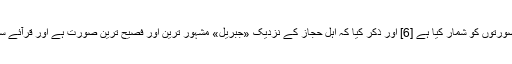
[4] اسی طرح دانی[5] قرآن میں اس کلمے کی مختلف صورتوں کو شمار کیا ہے [6] اور ذکر کیا کہ اہل حجاز کے نزدیک «جِبْرِیل» مشہور ترین اور فصیح‌ ترین صورت ہے اور قرآئے سبعہ میں سے ابوعمرو، نافع اور ابن عامر کی قرات ہے۔